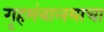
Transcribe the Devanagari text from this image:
गृहमंत्रालयाचा